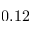
0 . 1 2